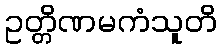
ဥတ္တိဏမကံသူတိ